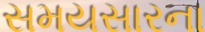
સમયસારના